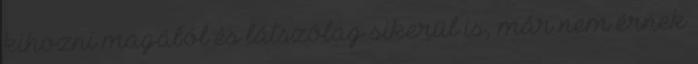
kihozni magából és látszólag sikerül is, már nem érnek